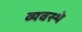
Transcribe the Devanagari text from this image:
व्यवस्थे